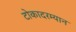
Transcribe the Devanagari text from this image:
टोकादरम्यान